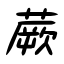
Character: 蕨